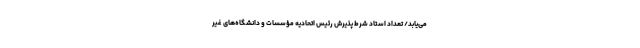
می‌یابد/ تعداد استاد شرط پذیرش رئیس اتحادیه مؤسسات و دانشگاه‌های غیر